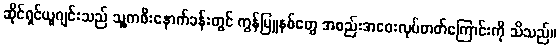
ဆိုင်ရှင်ယူဂျင်းသည် သူ့ကဖီးနောက်ခန်းတွင် ကွန်မြူနစ်တွေ အစည်းအဝေးလုပ်တတ်ကြောင်းကို သိသည်။